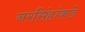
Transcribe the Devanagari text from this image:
नरसिंहांकडे